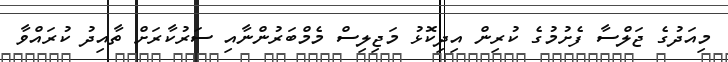
މިއަދުގެ ޖަލްސާ ފެށުމުގެ ކުރިން އިދިކޮޅު މަޖިލިސް މެމްބަރުންނާއި ސަރުކާރަށް ތާއިދު ކުރައްވާ